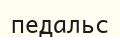
педальс